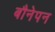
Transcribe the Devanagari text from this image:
बौनेपन